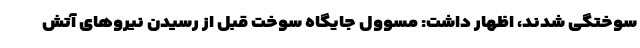
سوختگی شدند، اظهار داشت: مسوول جایگاه سوخت قبل از رسیدن نیروهای آتش